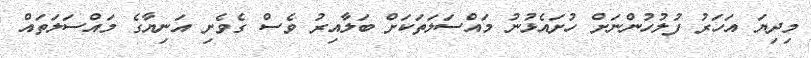
މިދިޔަ އަހަރު ފުލުހުންނަށް ހުށައެޅުނު މައްސަލަތަކަށް ބަލާއިރު ވެސް ގެވެށި އަނިޔާގެ މައްސަލަތައް